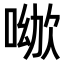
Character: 𠸰